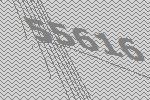
55616